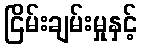
ငြိမ်းချမ်းမှုနှင့်